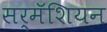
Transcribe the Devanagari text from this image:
सर्मॅशियन